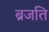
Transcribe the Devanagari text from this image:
ब्रजति